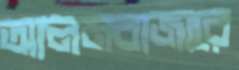
আলমবাজারে